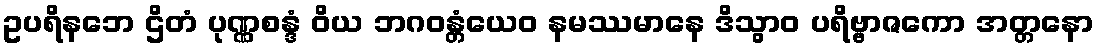
ဥပရိနဘေ ဌိတံ ပုဏ္ဏစန္ဒံ ဝိယ ဘဂဝန္တံယေဝ နမဿမာနေ ဒိသွာဝ ပရိဗ္ဗာဇကော အတ္တနော